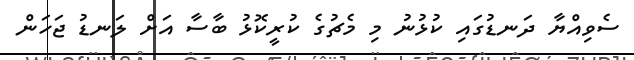
ސެވިއްޔާ ދަނޑުގައި ކުޅުނު މި މެޗުގެ ކުރީކޮޅު ބާސާ އަށް ލަނޑު ޖަހަން